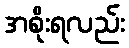
အစိုးရလည်း